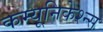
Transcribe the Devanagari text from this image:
कम्यूनिकेश्न्स